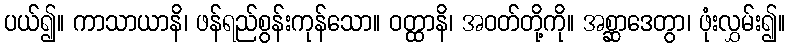
ပယ်၍။ ကာသာယာနိ၊ ဖန်ရည်စွန်းကုန်သော။ ဝတ္ထာနိ၊ အဝတ်တို့ကို။ အစ္ဆာဒေတွာ၊ ဖုံးလွှမ်း၍။